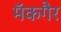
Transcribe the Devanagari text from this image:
मॅकगैर